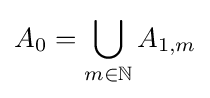
A_{0}=\bigcup _{m\in \mathbb {N} }A_{1,m}